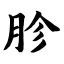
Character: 胗